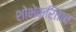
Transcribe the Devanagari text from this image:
शोभेकरिताच